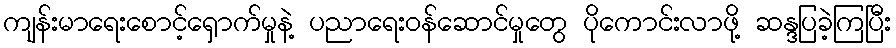
ကျန်းမာရေးစောင့်ရှောက်မှုနဲ့ ပညာရေးဝန်ဆောင်မှုတွေ ပိုကောင်းလာဖို့ ဆန္ဒပြခဲ့ကြပြီး